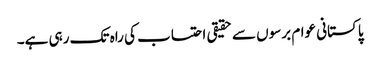
پاکستانی عوام برسوں سے حقیقی احتساب کی راہ تک رہی ہے۔